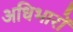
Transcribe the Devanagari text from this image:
अधिभारों